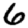
Digit: 6